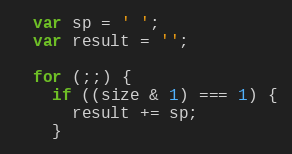
Language: JavaScript
  var sp = ' ';
  var result = '';

  for (;;) {
    if ((size & 1) === 1) {
      result += sp;
    }